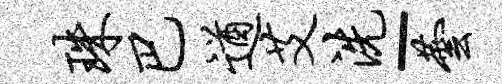
珠巴遒艾洗-芸